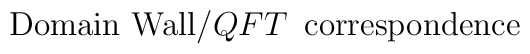
\mbox{Domain Wall}/QFT \,\,\, \mbox{correspondence}